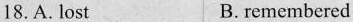
18.A.lost B.remembered